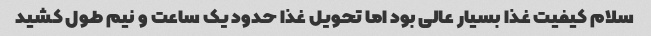
سلام کیفیت غذا بسیار عالی بود اما تحویل غذا حدود یک ساعت و نیم طول کشید